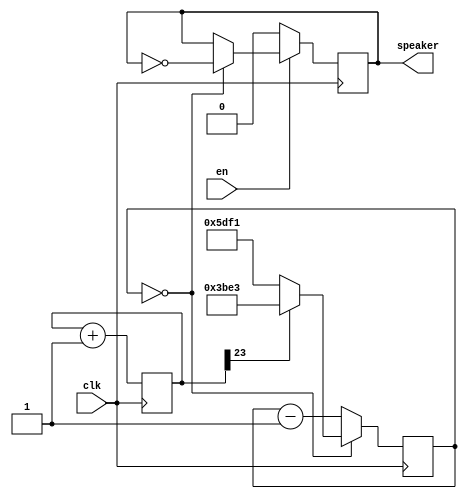
module Buzzer(input clk, input en, output speaker);
    parameter clkdivider = 100000000/440/2;
    
    reg [23:0] tone;
    always @(posedge clk) tone <= tone+1;
    
    reg [14:0] counter;
    always @(posedge clk) if (counter == 0) counter <= (tone[23] ? clkdivider-1 : clkdivider/2-1); else counter <= counter-1;
    
    reg speaker;
    always @(posedge clk) begin
        if (!en) speaker <= 0;
        else if (counter == 0) speaker <= ~speaker;
    end
    
endmodule